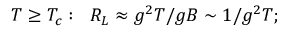
T \geq T _ { c } : \; \; R _ { L } \approx g ^ { 2 } T / g B \sim 1 / g ^ { 2 } T ;